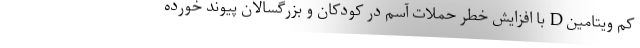
کم ویتامین D با افزایش خطر حملات آسم در کودکان و بزرگسالان پیوند خورده